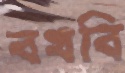
বখবি